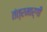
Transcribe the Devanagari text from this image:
तंत्रमार्गी